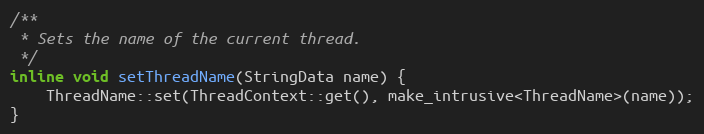
Language: C
/**
 * Sets the name of the current thread.
 */
inline void setThreadName(StringData name) {
    ThreadName::set(ThreadContext::get(), make_intrusive<ThreadName>(name));
}